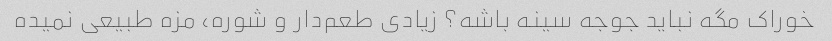
خوراک مگه نباید جوجه سینه باشه؟ زیادی طعم‌دار و شوره، مزه طبیعی نمیده